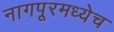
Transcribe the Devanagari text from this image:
नागपूरमध्येच